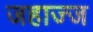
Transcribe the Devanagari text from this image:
जहाज्ज